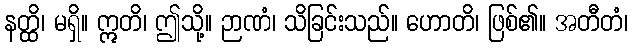
နတ္ထိ၊ မရှိ။ ဣတိ၊ ဤသို့။ ဉာဏံ၊ သိခြင်းသည်။ ဟောတိ၊ ဖြစ်၏။ အတီတံ၊